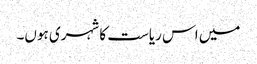
میں اس ریاست کا شہری ہوں۔